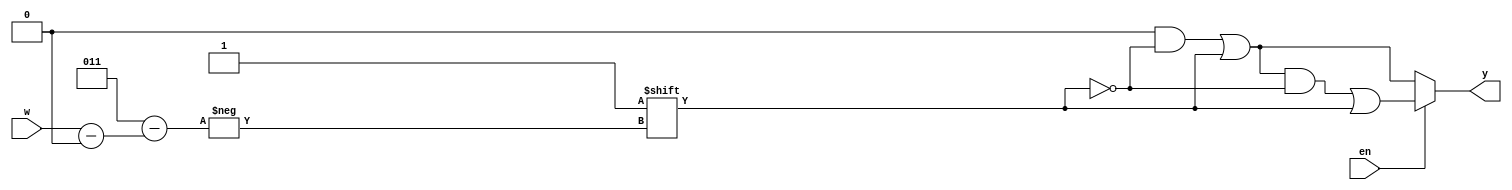
`timescale 1ns / 1ps
//////////////////////////////////////////////////////////////////////////////////
// Company: 
// Engineer: 
// 
// Design Name: 
// Module Name: decoder_2x4
// Project Name: 
// Target Devices: 
// Tool Versions: 
// Description: 
// 
// Dependencies: 
// 
// Revision:
// Revision 0.01 - File Created
// Additional Comments:
// 
//////////////////////////////////////////////////////////////////////////////////


module decoder_2x4
    (
    input [1:0]w,
    input en,
    output reg [0:3]y
    ); 
    always @ (w,en)
    begin
    y = 4'b0000; //defau;ts
    //Below is priority routing network
//    if ( w==2'b00) 
//        y = 4'b1000; // 
//    else if ( w==2'b01)
//        y = 4'b0100;
//    else if (w==2'b10)
//        y = 4'b0010;
//    else if (w==2'b11)
//        y = 4'b0001;
//     case parallel
//     case (w)
//            0: y = 4'b1000;
//            1: y = 4'b0100;
//            2: y = 4'b0010;
//            3: y = 4'b0001;
//            default: y = 4'b0000
    
    y[w] = 1'b1;
     if (en)
     begin 
            y[w] = 1'b1;
     end
      
    //endcase
    end
    
endmodule